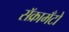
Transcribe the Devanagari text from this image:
सॅक्रामँटो